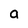
Character: a